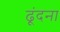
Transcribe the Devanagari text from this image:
ढूंदना